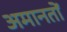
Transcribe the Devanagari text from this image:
अमानतों